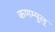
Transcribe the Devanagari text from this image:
कणम्पुल्